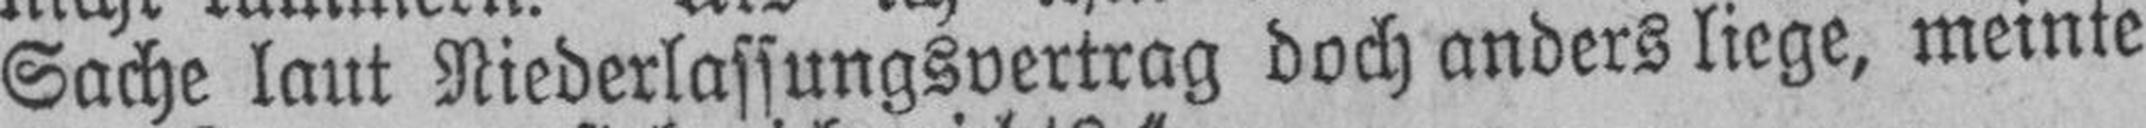
Sache laut Niederlassungsvertrag doch anders liege, meinte